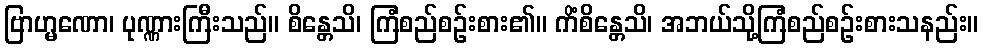
ဗြာဟ္မဏော၊ ပုဏ္ဏားကြီးသည်။ စိန္တေသိ၊ ကြံစည်စဉ်းစား၏။ ကိံစိန္တေသိ၊ အဘယ်သို့ကြံစည်စဉ်းစားသနည်း။